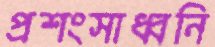
প্রশংসাধ্বনি